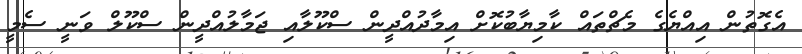
އެގޮތުން އިއްޔެގެ މެޗްތައް ކާމިޔާބުކޮށް އިމާދުއްދީން ސްކޫލާއި ޖަމާލުއްދީން ސްކޫލް ވަނީ ސެމީ